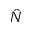
\hat { N }